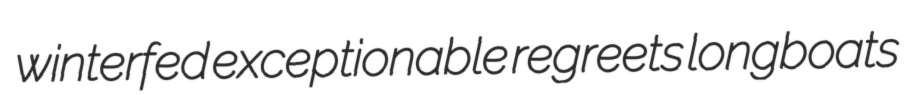
winterfed exceptionable regreets longboats